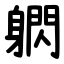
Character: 䠾